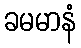
ခမမာနံ